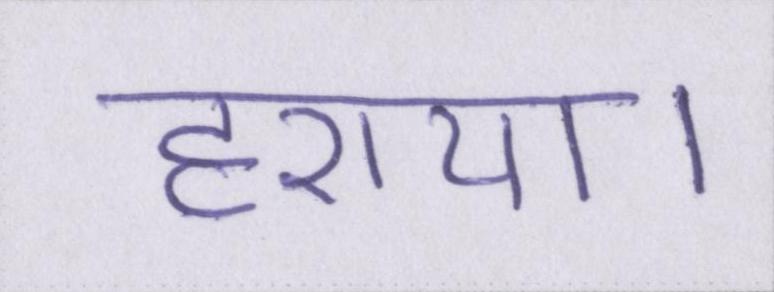
हराया।